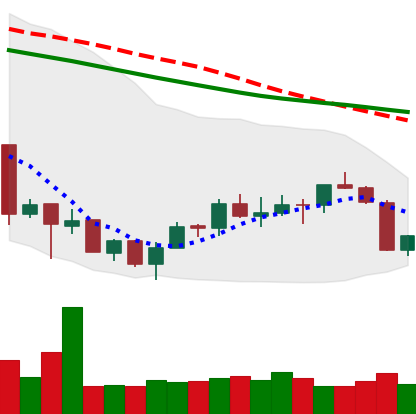
Ticker: ETH-USD
Chart end date: 2018-07-11
Forward return: 7.646%
Label: up_7plus